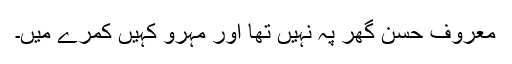
معروف حسن گھر پہ نہیں تھا اور مہرو کہیں کمرے میں۔